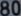
Transcribetheimage